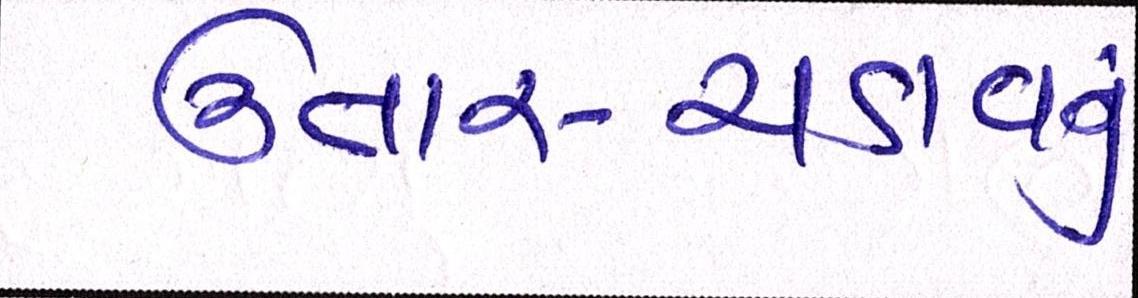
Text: ઉતાર-ચડાવનું